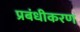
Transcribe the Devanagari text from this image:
प्रबंधीकरण